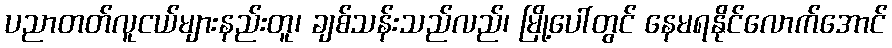
ပညာတတ်လူငယ်များနည်းတူ၊ ချစ်သန်းသည်လည်၊ မြို့ပေါ်တွင် နေမရနိုင်လောက်အောင်